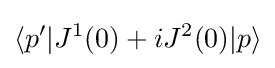
\langle p'|J^{1}(0)+iJ^{2}(0)|p\rangle